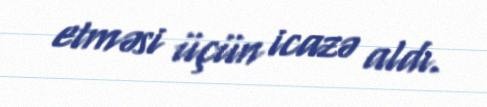
etməsi üçün icazə aldı.